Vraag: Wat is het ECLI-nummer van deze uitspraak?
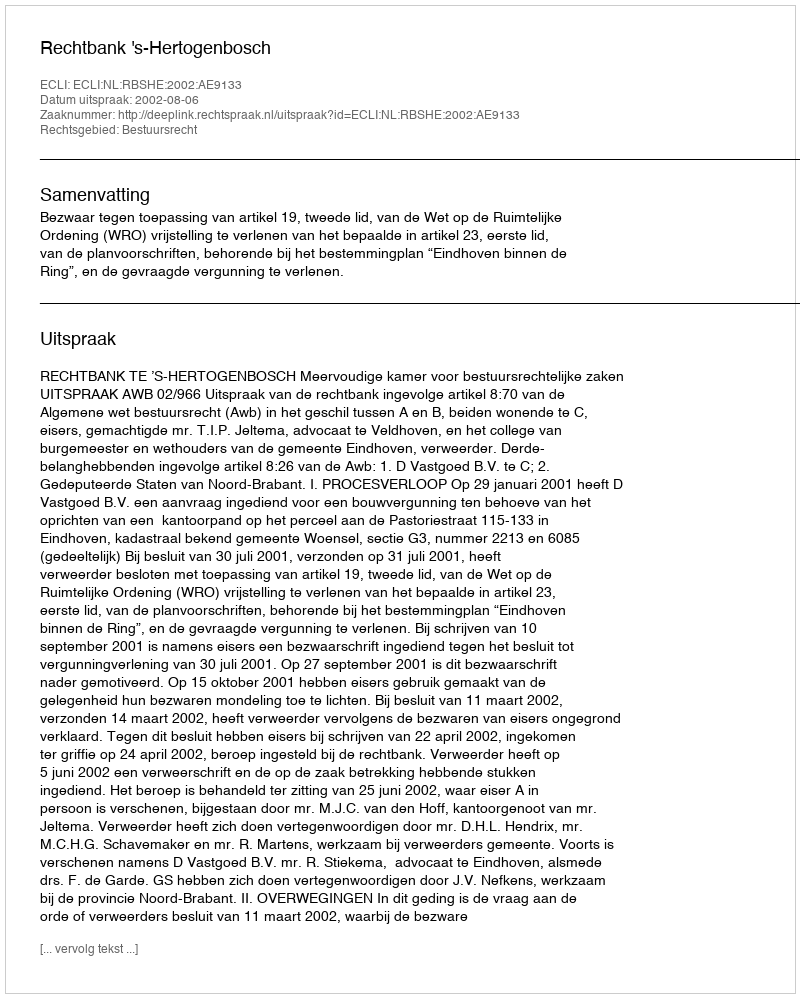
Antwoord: ECLI:NL:RBSHE:2002:AE9133